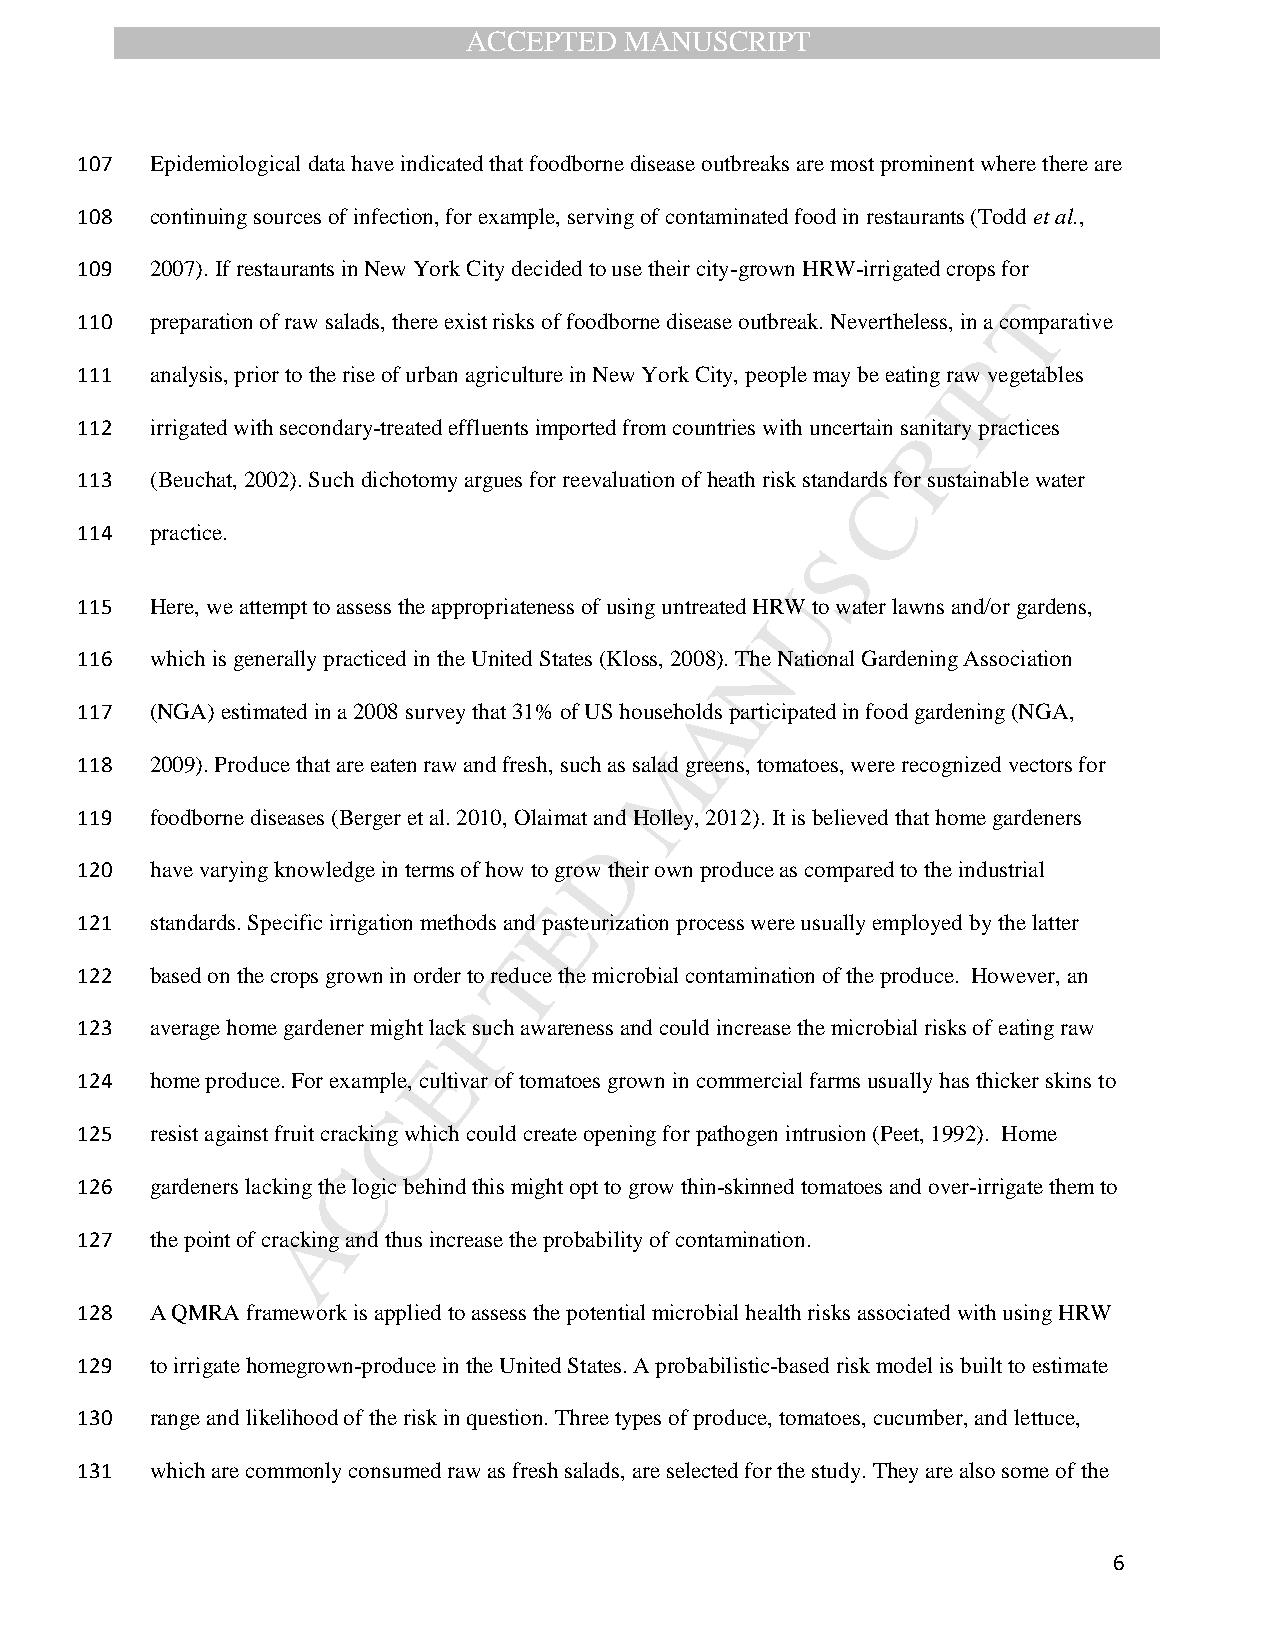
ACCEPTED  MANUSCRIPT
 107  Epidemiological data have indicated that foodborne disease outbreaks are most prominent where there are
 108  continuing sources of infection, for example, serving of contaminated food in restaurants (Todd et al.,
 109  2007). If restaurants in New York City decided to use their city-grown HRW-irrigated crops for
 T
 110  preparation of raw salads, there exist risks of foodborne disease outbreak. Nevertheless, in a comparative
 P
 111  analysis, prior to the rise of urban agriculture in New York City, people may be eating raw vegetables
 I
 112  irrigated with secondary-treated effluents imported from countries with uncertain saRnitary practices
 113  (Beuchat, 2002). Such dichotomy argues for reevaluation of heath risk standarCds for sustainable water
 114  practice.
 S
 U
 115  Here, we attempt to assess the appropriateness of using untreated HRW to water lawns and/or gardens,
 N
 116  which is generally practiced in the United States (Kloss, 2008). The National Gardening Association
 A
 117  (NGA) estimated in a 2008 survey that 31% of US households participated in food gardening (NGA,
 M
 118  2009). Produce that are eaten raw and fresh, such as salad greens, tomatoes, were recognized vectors for
 119  foodborne diseases (Berger et al. 2010, Olaimat a nd Holley, 2012). It is believed that home gardeners
 D
 120  have varying knowledge in terms of how to grow their own produce as compared to the industrial
 E
 121  standards. Specific irrigation methods and pasteurization process were usually employed by the latter
 T
 122  based on the crops grown in order to reduce the microbial contamination of the produce. However, an
 P
 123  average home gardener might lack such awareness and could increase the microbial risks of eating raw
 E
 124  home produce. For example, cultivar of tomatoes grown in commercial farms usually has thicker skins to
 C
 125  resist against fruit cracking which could create opening for pathogen intrusion (Peet, 1992). Home
 C
 126  gardeners lacking the logic behind this might opt to grow thin-skinned tomatoes and over-irrigate them to
 A
 127  the point of cracking and thus increase the probability of contamination.
 128  A QMRA framework is applied to assess the potential microbial health risks associated with using HRW
 129  to irrigate homegrown-produce in the United States. A probabilistic-based risk model is built to estimate
 130  range and likelihood of the risk in question. Three types of produce, tomatoes, cucumber, and lettuce,
 131  which are commonly consumed raw as fresh salads, are selected for the study. They are also some of the
 6